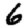
Digit: 6